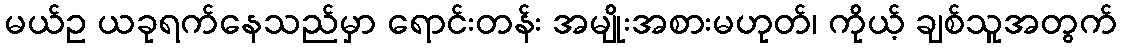
မယ်ဥ ယခုရက်နေသည်မှာ ရောင်းတန်း အမျိုးအစားမဟုတ်၊ ကိုယ့် ချစ်သူအတွက်